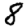
Digit: 8